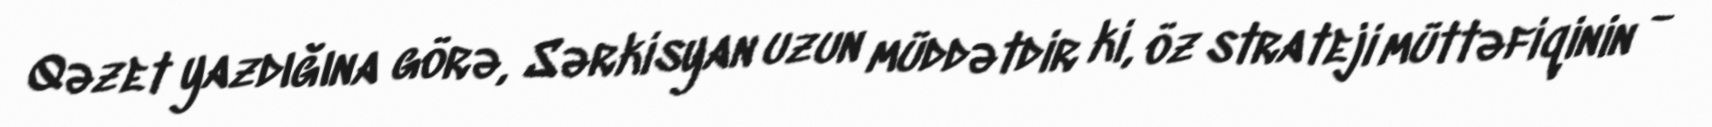
Qəzet yazdığına görə, Sərkisyan uzun müddətdir ki, öz strateji müttəfiqinin -